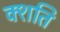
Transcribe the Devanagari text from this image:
क्शति